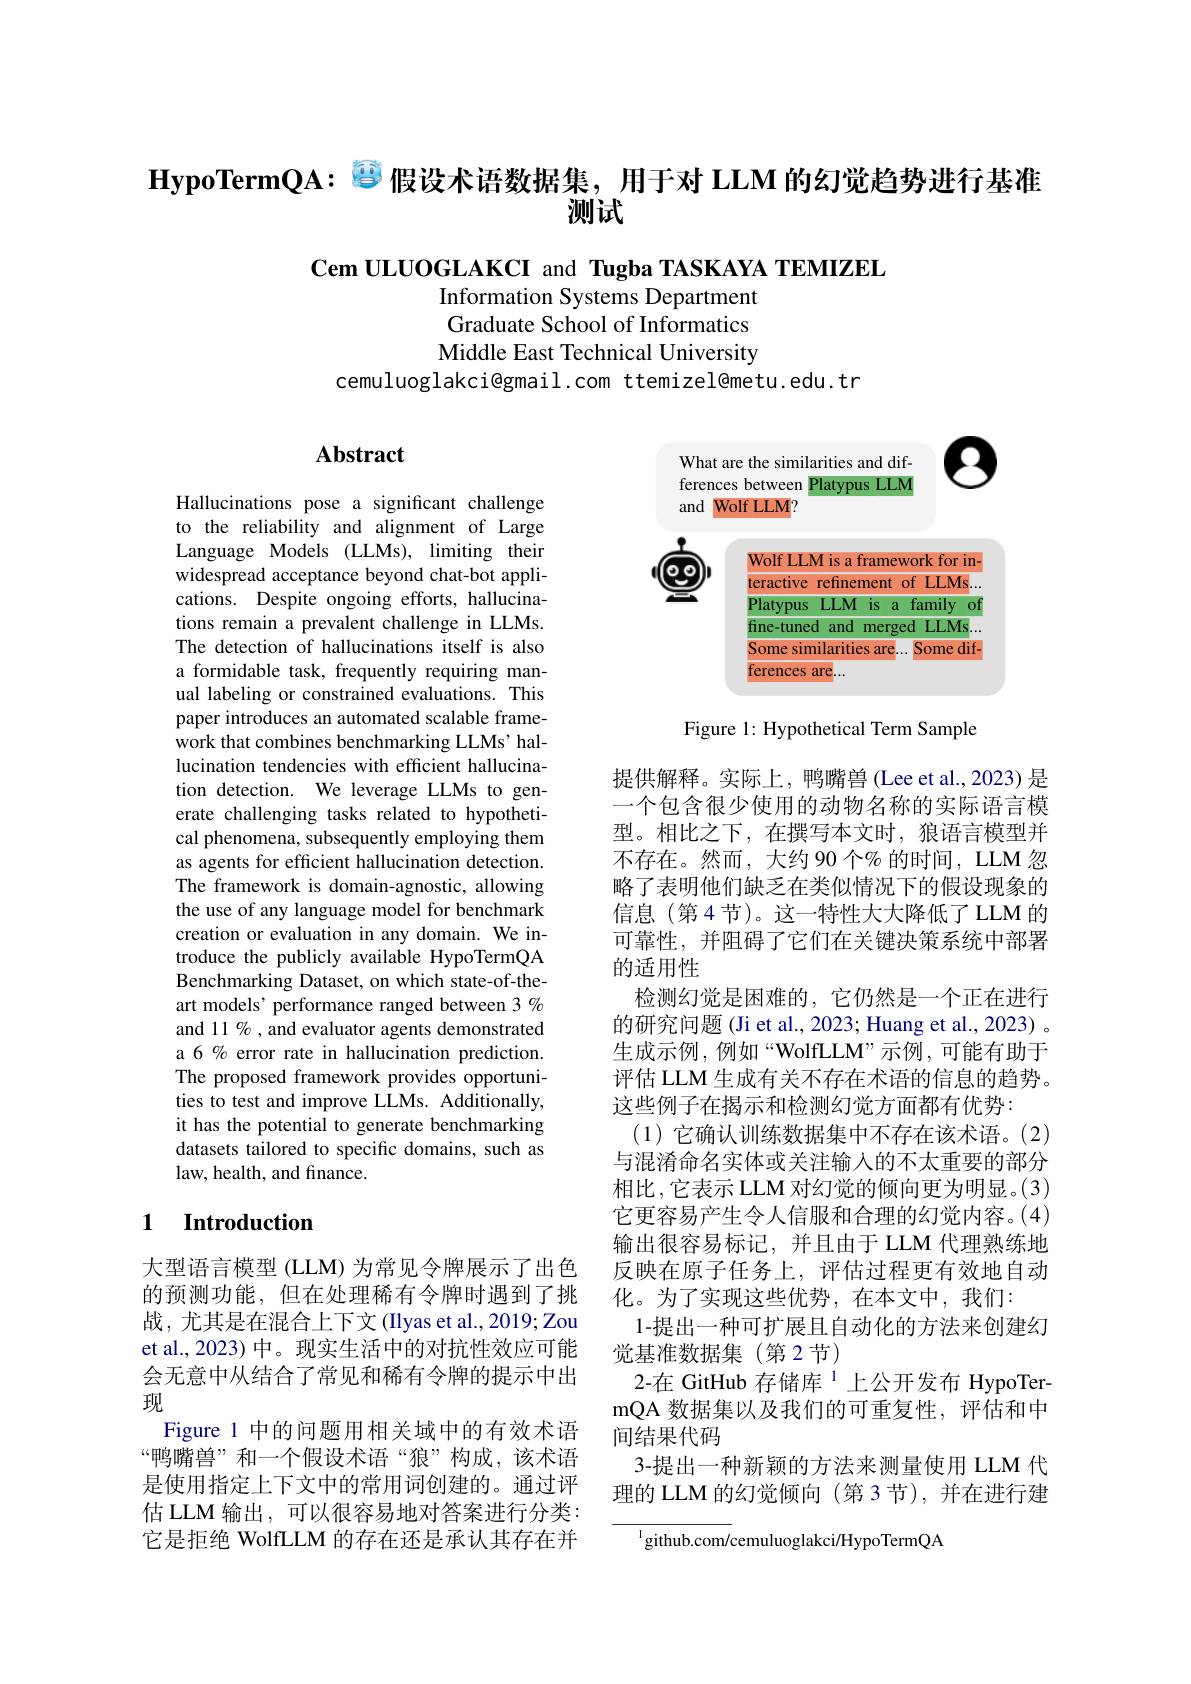
$\textbf{HypoTermQA: }^{\textcircled{1}}$假设术语数据集，用于对 LLM 的幻觉趋势进行基准
测试

Cem ULUOGLAKCI and Tugba TASKAYA TEMIZEL
Information Systems Department Graduate School of Informatics Middle East Technical University
cemuluoglakci@gmail.com ttemizel@metu.edu.tr

# Abstract

<FigureHere>

Figure 1: Hypothetical Term Sample

Hallucinations pose a significant challenge to the reliability and alignment of Large Language Models (LLMs), limiting their widespread acceptance beyond chat-bot applications. Despite ongoing efforts, hallucinations remain a prevalent challenge in LLMs. The detection of hallucinations itself is also a formidable task, frequently requiring manual labeling or constrained evaluations. This paper introduces an automated scalable framework that combines benchmarking LLMs' hallucination tendencies with efficient hallucination detection. We leverage LLMs to generate challenging tasks related to hypothetical phenomena, subsequently employing them as agents for efficient hallucination detection. The framework is domain-agnostic, allowing the use of any language model for benchmark creation or evaluation in any domain. We introduce the publicly available HypoTermQA Benchmarking Dataset, on which state-of-theart models’ performance ranged between 3 % and 11 % , and evaluator agents demonstrated a 6 % error rate in hallucination prediction. The proposed framework provides opportunities to test and improve LLMs. Additionally, it has the potential to generate benchmarking datasets tailored to specific domains, such as law, health, and finance.

提供解释。实际上，鸭嘴兽(Lee et al.,2023)是一个包含很少使用的动物名称的实际语言模型。相比之下，在撰写本文时，狼语言模型并不存在。然而，大约90个%的时间，LLM 忽略了表明他们缺乏在类似情况下的假设现象的信息(第4节)。这一特性大大降低了LLM 的可靠性，并阻碍了它们在关键决策系统中部署的适用性
检测幻觉是困难的，它仍然是一个正在进行的研究问题 (Ji et al., 2023; Huang et al., 2023) 。生成示例，例如“WolfLLM”示例，可能有助于评估 LLM 生成有关不存在术语的信息的趋势。这些例子在揭示和检测幻觉方面都有优势：
(1)它确认训练数据集中不存在该术语。(2) 与混淆命名实体或关注输入的不太重要的部分相比，它表示 LLM 对幻觉的倾向更为明显。(3) 它更容易产生令人信服和合理的幻觉内容。(4) 输出很容易标记，并且由于 LLM 代理熟练地反映在原子任务上，评估过程更有效地自动化。为了实现这些优势，在本文中，我们：
1-提出一种可扩展且自动化的方法来创建幻
觉基准数据集(第2节)
2-在 GitHub 存储库$^1$上公开发布 HypoTermQA 数据集以及我们的可重复性，评估和中间结果代码
3-提出一种新颖的方法来测量使用 LLM 代理的 LLM 的幻觉倾向 (第 3 节),并在进行建

### 1 $\textbf{Introduction}$

大型语言模型 (LLM) 为常见令牌展示了出色的预测功能，但在处理稀有令牌时遇到了挑战，尤其是在混合上下文(Ilyas et al.,2019;Zou et al., 2023) 中。现实生活中的对抗性效应可能会无意中从结合了常见和稀有令牌的提示中出现
Figure 1 中的问题用相关域中的有效术语“鸭嘴兽”和一个假设术语“狼”构成，该术语是使用指定上下文中的常用词创建的。通过评估 LLM 输出，可以很容易地对答案进行分类： 它是拒绝 WolfLLM 的存在还是承认其存在并

$^{1}$github.com/cemuluoglakci/HypoTermQA